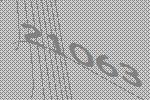
21063